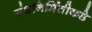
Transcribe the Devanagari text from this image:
ग्रंथनिर्मितीकडे